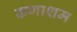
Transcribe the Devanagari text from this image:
कणाशम